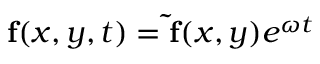
\mathbf { f } ( x , y , t ) = \mathbf { \tilde { f } } ( x , y ) e ^ { \omega t }